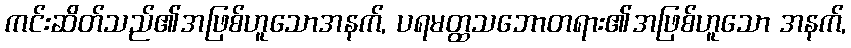
ကင်းဆိတ်သည်၏အဖြစ်ဟူသောအနက်, ပရမတ္ထသဘောတရား၏အဖြစ်ဟူသော အနက်,